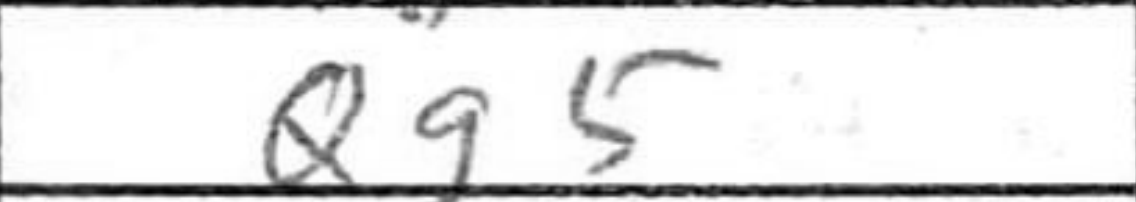
Transcription: Qg5